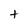
Character: t